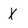
Character: X